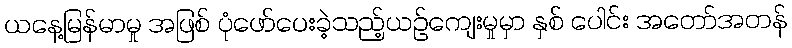
ယနေ့မြန်မာမှု အဖြစ် ပုံဖော်ပေးခဲ့သည့်ယဉ်ကျေးမှုမှာ နှစ် ပေါင်း အတော်အတန်